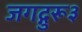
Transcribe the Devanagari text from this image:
जगद्गुरू३